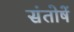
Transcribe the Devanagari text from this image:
संतोषें